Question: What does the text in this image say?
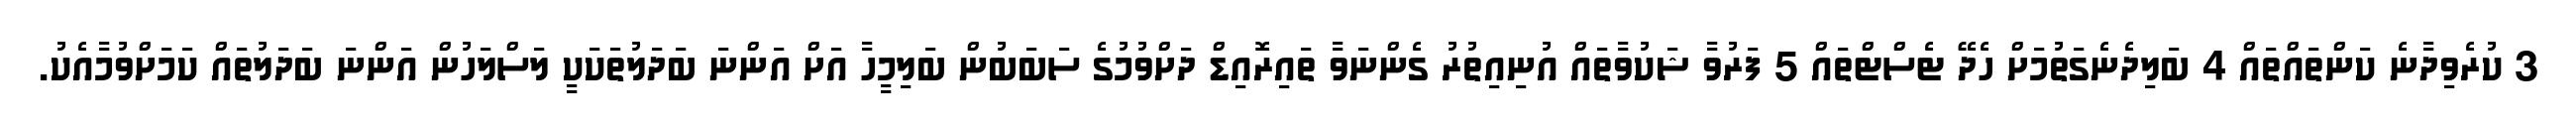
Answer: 3 ކުރެވިދާނެ ކަންތައްތައް 4 ބަލިދެނެގަތުމަށް ހެދޭ ޓެސްޓްތައް 5 ފަރުވާ ޝަކުވާތައް އުނިއިތުރު ގެންނަވާ ތައިރޮއިޑް ދަށްވުމުގެ ސަބަބުން ބަލިމީހާ އަށް އަންނަ ބަދަލުތަކަކީ ލަސްލަހުން އަންނަ ބަދަލުތައް ކަމަށްވުމާއެކު.